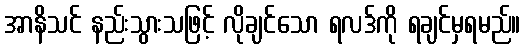
အာနိသင် နည်းသွားသဖြင့် လိုချင်သော ရလဒ်ကို ရချင်မှရမည်။